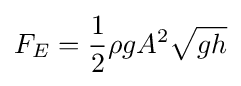
F_{E}={\frac {1}{2}}\rho gA^{2}{\sqrt {gh}}